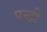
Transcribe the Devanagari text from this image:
पन्द्वी